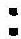
: